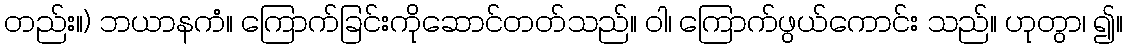
တည်း။) ဘယာနကံ။ ကြောက်ခြင်းကိုဆောင်တတ်သည်။ ဝါ၊ ကြောက်ဖွယ်ကောင်း သည်။ ဟုတွာ၊ ၍။